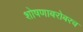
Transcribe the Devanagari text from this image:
शोषणाबरोबरच